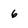
Character: 6